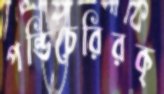
পন্ডিচেরিরকৃ